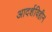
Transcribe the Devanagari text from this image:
आदर्शविहीन